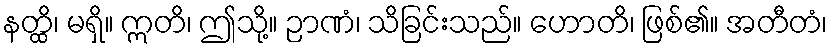
နတ္ထိ၊ မရှိ။ ဣတိ၊ ဤသို့။ ဉာဏံ၊ သိခြင်းသည်။ ဟောတိ၊ ဖြစ်၏။ အတီတံ၊